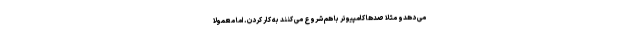
می دهدو مثلا صدها کامپیوتر با هم شروع می کنند به کار کردن. اما معمولا